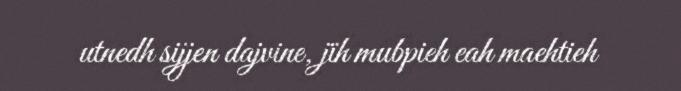
utnedh sijjen dajvine, jïh mubpieh eah maehtieh